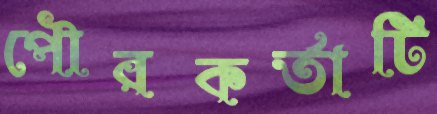
পৌরকর্তাটি